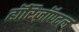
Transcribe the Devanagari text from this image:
हॉरिज़ॉण्टल